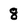
Character: 8